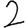
Digit: 2